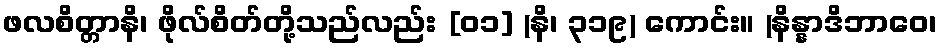
ဖလစိတ္တာနိ၊ ဖိုလ်စိတ်တို့သည်လည်း [၀၁] (နိ၊ ၃၁၉) ကောင်း။ (နိန္နာဒိဘာဝေ၊